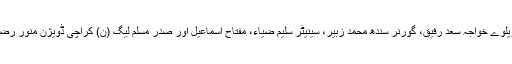
وزیرِ داخلہ احسن اقبال، وزیرِ ریلوے خواجہ سعد رفیق، گورنر سندھ محمد زبیر، سینیٹر سلیم ضیاء، مفتاح اسماعیل اور صدر مسلم لیگ (ن) کراچی ڈویژن منور رضا بھی ملاقات میں موجود تھے۔